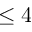
\leq 4